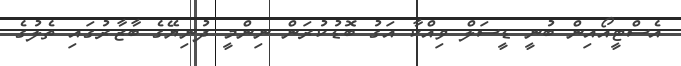
އެސްޓީއޯއިން ބުނީ ޑީސަލް ވިއްކާ އަގު ބޮޑުކުރަން ނިންމީ ދުނިޔޭގެ ބާޒާރުގައި ތެލުގެ